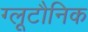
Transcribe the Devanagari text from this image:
ग्लूटौनिक